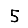
Digit: 5